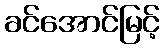
ခင်အောင်မြင့်